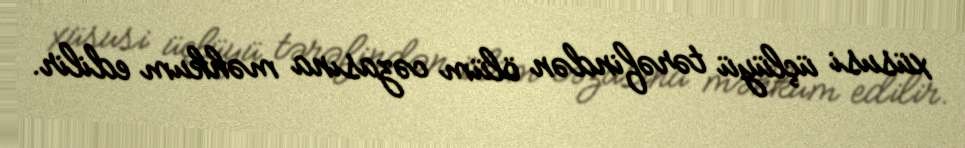
xüsusi üçlüyü tərəfindən ölüm cəzasına məhkum edilir.